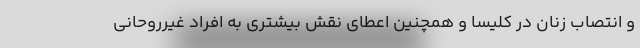
و انتصاب زنان در کلیسا و همچنین اعطای نقش بیشتری به افراد غیرروحانی